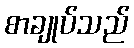
စာချုပ်သည်